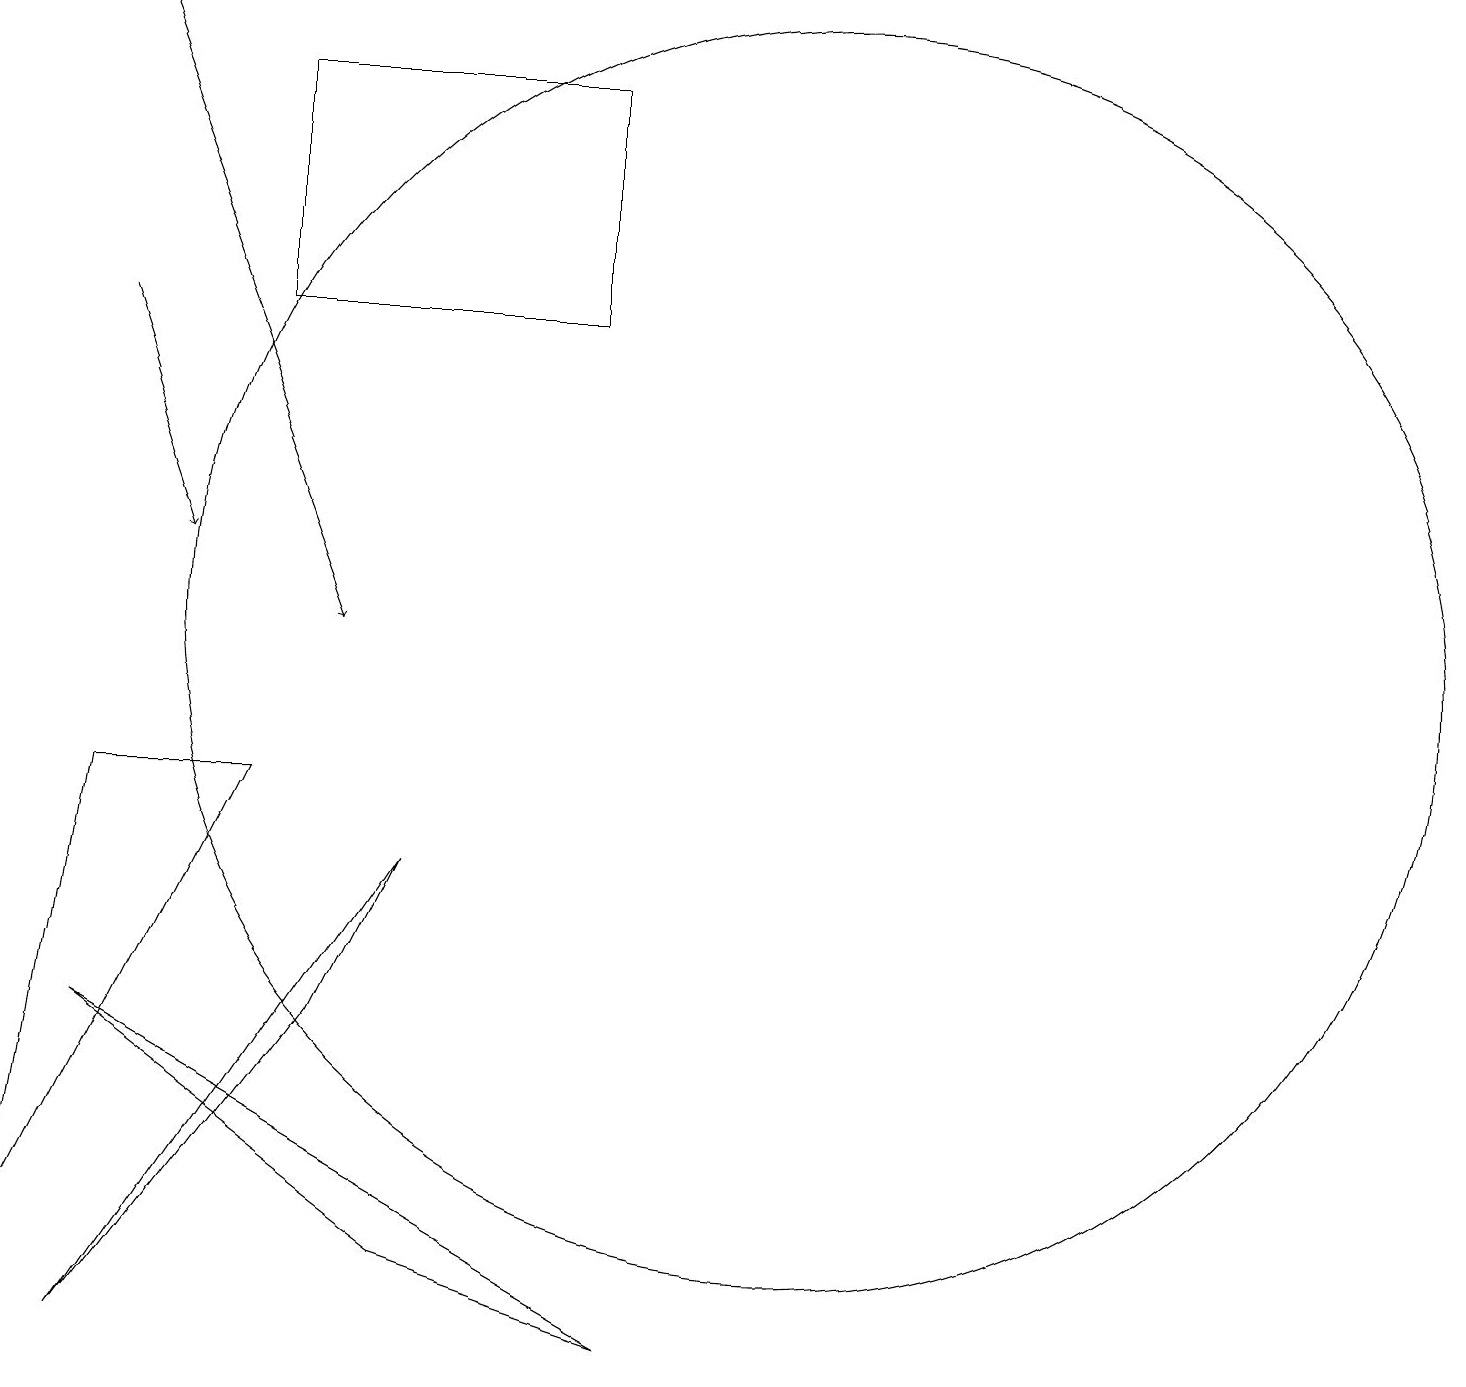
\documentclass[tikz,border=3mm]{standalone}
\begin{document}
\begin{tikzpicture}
\draw (9,2) -- (6,3) -- (2,6) -- cycle;
\draw (4,9) -- (2,9) -- (1,3) -- cycle;
\draw (8,18) rectangle (4,15);
\draw[->] (2,19) -- (5,11);
\draw (10,11) circle (0);
\draw[->] (2,15) -- (3,12);
\draw (6,8) -- (2,2) -- (5,6) -- cycle;
\draw (11,11) circle (8);
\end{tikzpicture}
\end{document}